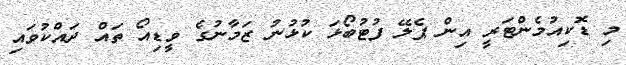
މި ޑޮކިއުމެންޓަރީ އިން ޕެލޭ ފުޓުބޯޅަ ކުޅުނު ޒަމާނުގެ ވީޑިއޯ ތައް ދައްކުވައި